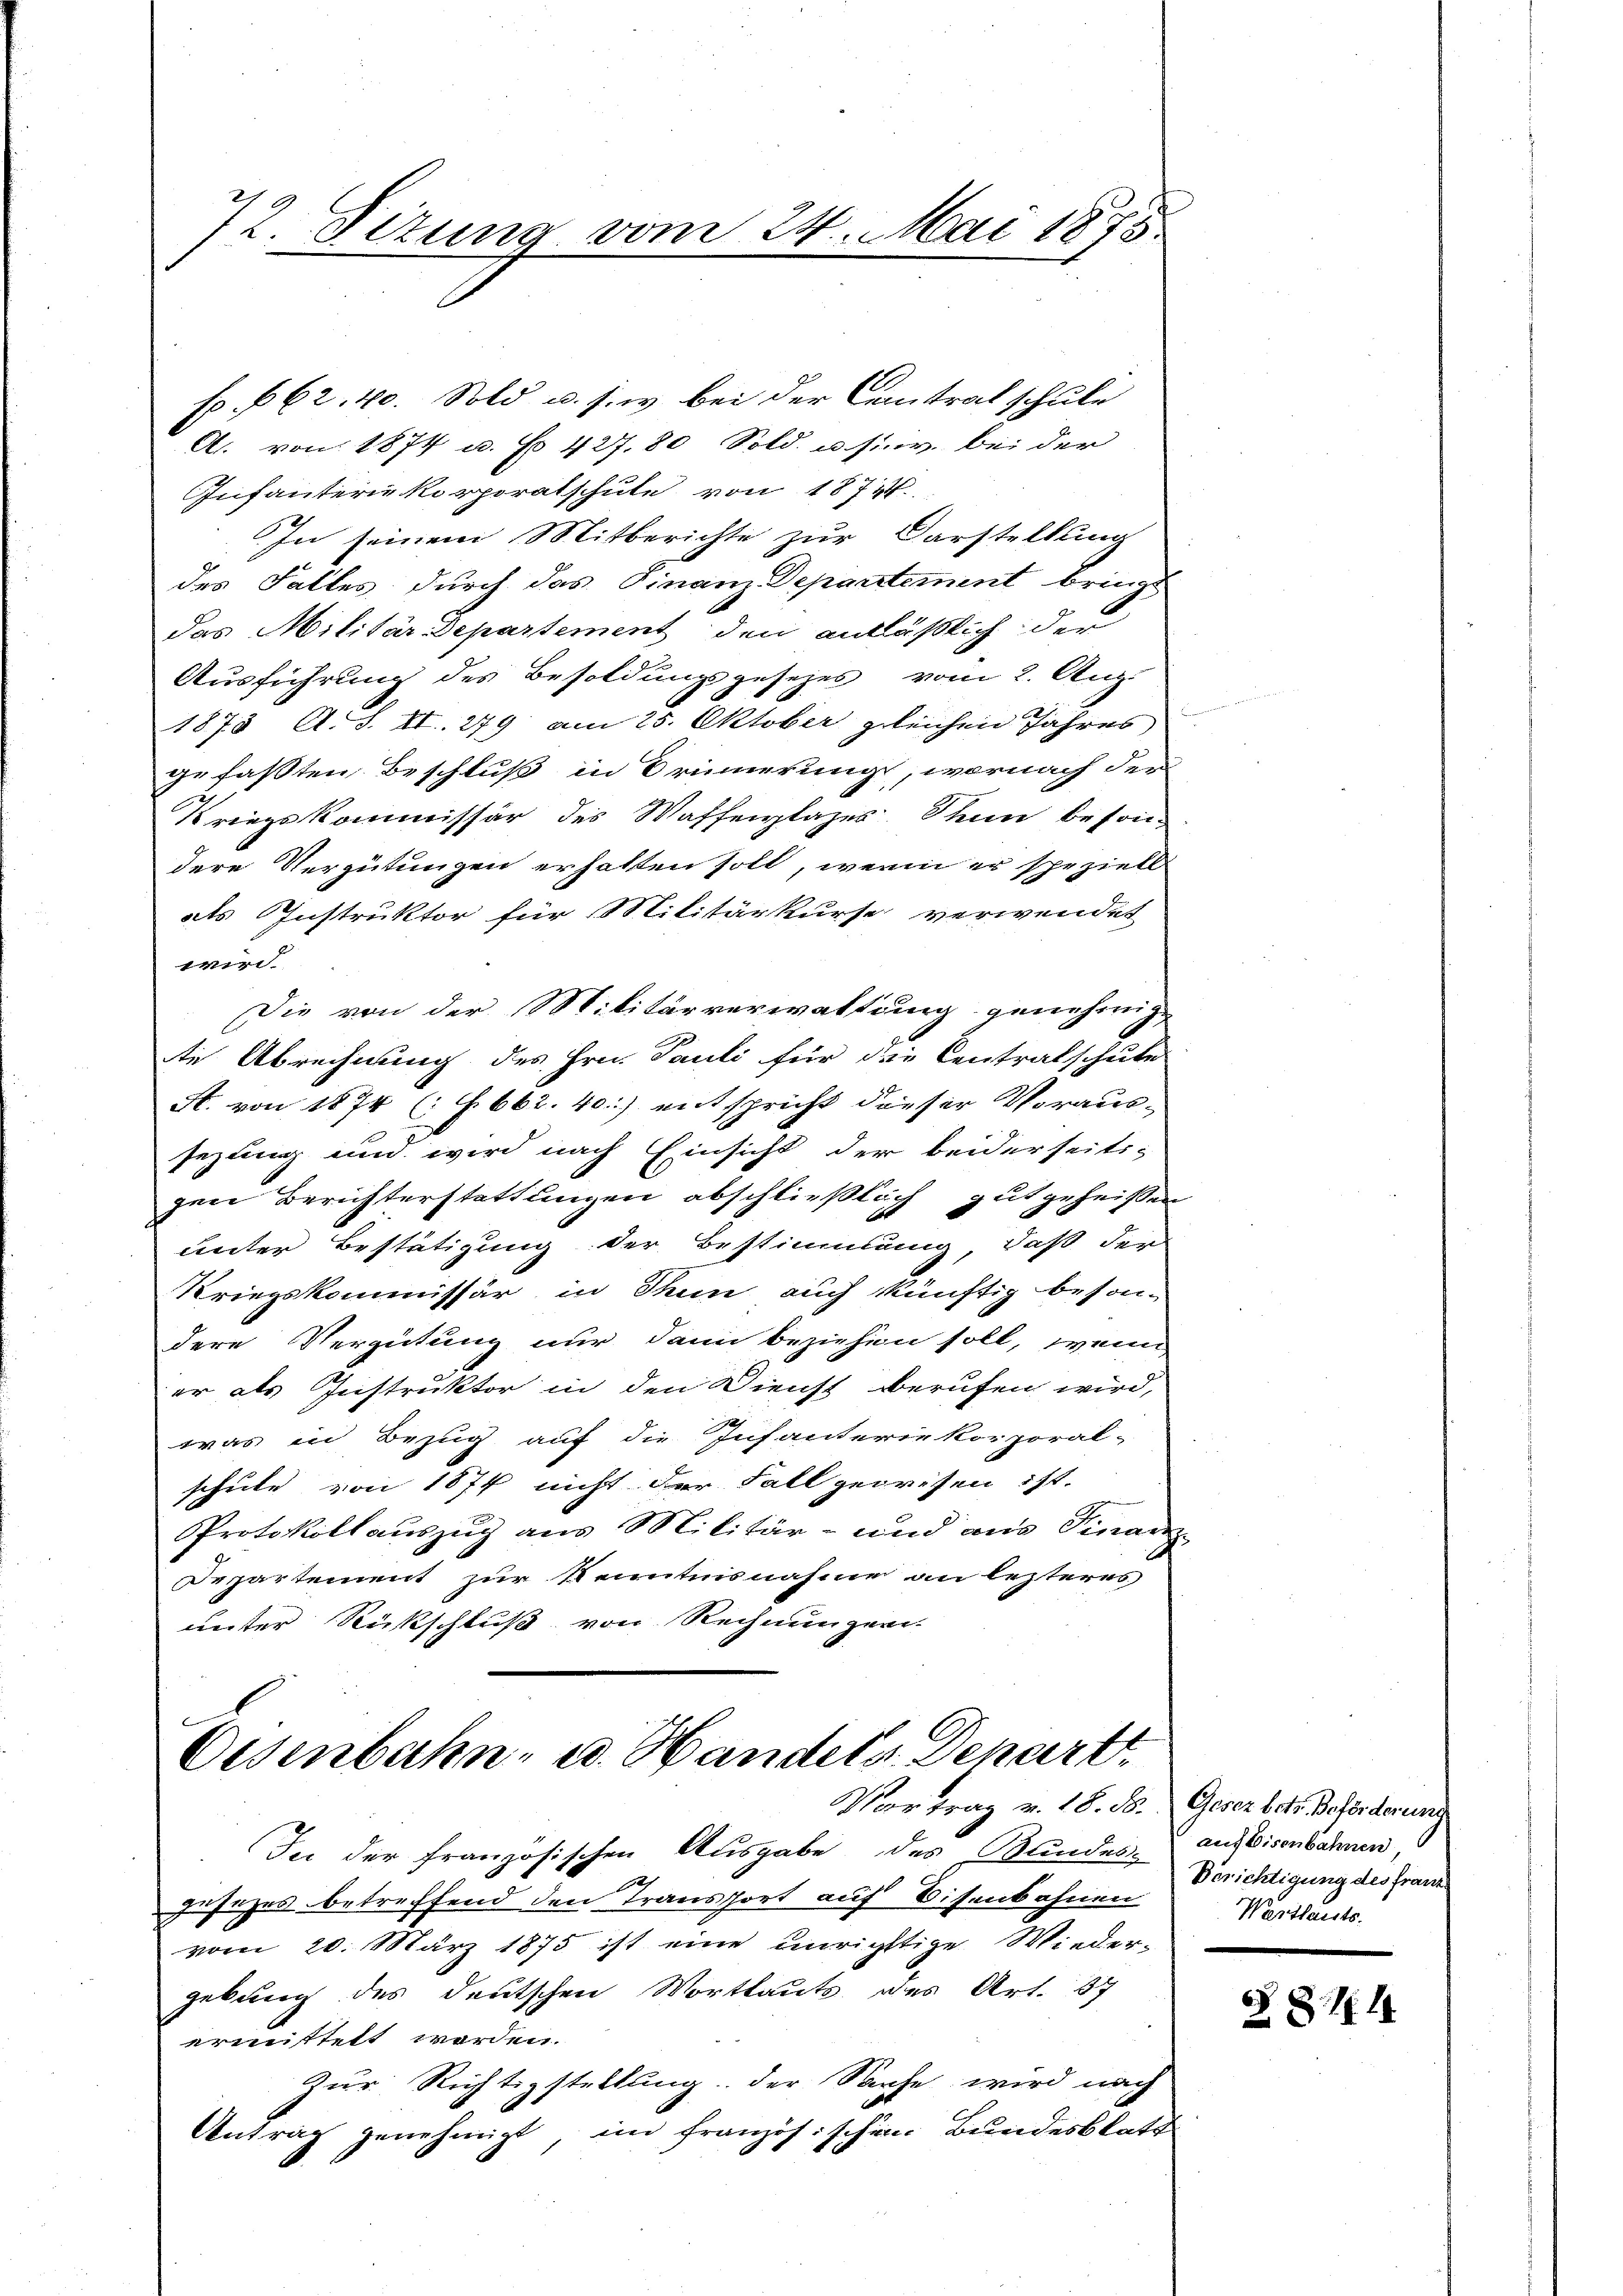
72 Sizung vom 24. Mai 1875

Oesenbahn- u. Handels Depart.
Vortrag v. 18. d. Geser betr. Beförderung

sp. 662. 40. Sold u. s. w. bei der Contrat schule
A. von 1874 u. No 427. 80 Sold. u. sinv. bei der
Infanterie Korporatschule von 1871
In seinem Mitberichte zur Darstellung
des Falles durch das Finanz-Departement bringt
das Militär Departement den anläßlich der
Ausführung des Besoldungsgesezes vom 2. Aug.
1873 A.S. II. 279 am 25. Oktober gleichen Jahres
gefaßten Beschluß in Orinnerung, wornach der
Kriegskommissär des Waffenlages Thun beson-
dere Vergütungen erhalten soll, wenn er speziell
als Instruktor für Militärkurse verwendet
wird.
Die von der Militärverwaltung genehmig-
te Abrechnung des Hrn. Pauli für die Centralschute
A. von 1874 ( . 662. 40) entspricht dieser Voraus-
sezung und wird nach Einsicht der beiderseits-
gen Berichterstattungen abschließlich gutgeheißen
unter Bestätigung der Bestimmung, daß der
Kriegskommissär in Thun auch künftig beson-
dere Vergütung nur dann beziehen soll, wenn
er als Instruktor in den Dienst berufen wird,
was in Bezug auf die Infanteriekorporal-
schute von 1874 nicht der Fall gewesen ist.
Protokollauszug aus Militär- und aus Finan
Departement zur Kenntnisnahme an lezteres
unter Rückschluß von Rechnungen.

In der französischen Ausgabe des Bundes, auf Eisenbahnen
Jusizes betreffend den Transfort auf Eisenbahnen
vom 20. März 1875 ist eine unrichtige Wieder-
gebung des deutschen Wortlaut des Art. 37
ermittelt worden.
Zur Richtigstellung der Sache wird nach
Antrag genehmigt, im französischen Bundesblatt

Berichtigung des Franz
Warthaerts.

Z. 11. 14